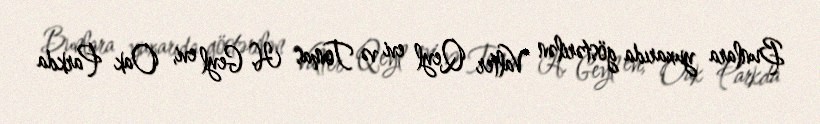
Bunlara yuxarıda göstərilən Valter Qeyl evi və Tomas H. Geyl evi, Oak Parkda